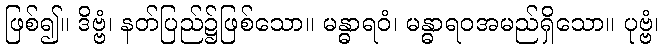
ဖြစ်၍။ ဒိဗ္ဗံ၊ နတ်ပြည်၌ဖြစ်သော။ မန္ဓာရဝံ၊ မန္ဓာရဝအမည်ရှိသော။ ပုဗ္ဗံ၊